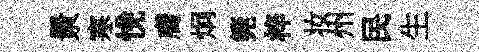
㬌寒恱膚炯筦梓妆州民生